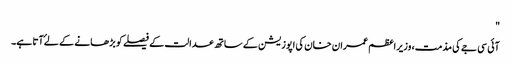
"
آئی سی جے کی مذمت، وزیراعظم عمران خان کی اپوزیشن کے ساتھ عدالت کے فیصلے کو بڑھانے کے لۓ آتا ہے۔